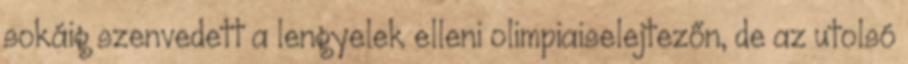
sokáig szenvedett a lengyelek elleni olimpiaiselejtezőn, de az utolsó